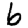
Digit: 6